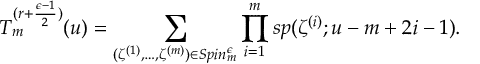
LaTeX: T _ { m } ^ { ( r + { \frac { \epsilon - 1 } { 2 } } ) } ( u ) = \sum _ { ( \zeta ^ { ( 1 ) } , \ldots , \zeta ^ { ( m ) } ) \in S p i n _ { m } ^ { \epsilon } } \prod _ { i = 1 } ^ { m } s p ( \zeta ^ { ( i ) } ; u - m + 2 i - 1 ) .